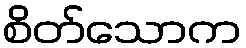
စိတ်သောက